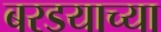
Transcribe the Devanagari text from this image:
बरडयाच्या